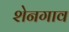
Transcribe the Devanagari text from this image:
शेनगाव